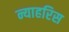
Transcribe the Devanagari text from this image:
न्याहरिस